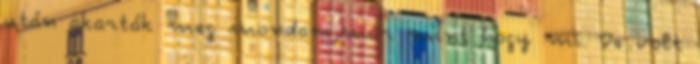
után akarták meg mondani,már mint hogy mi. De volt